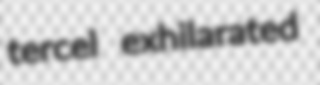
tercel exhilarated